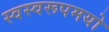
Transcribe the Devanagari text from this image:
स्वस्वरूपमयो